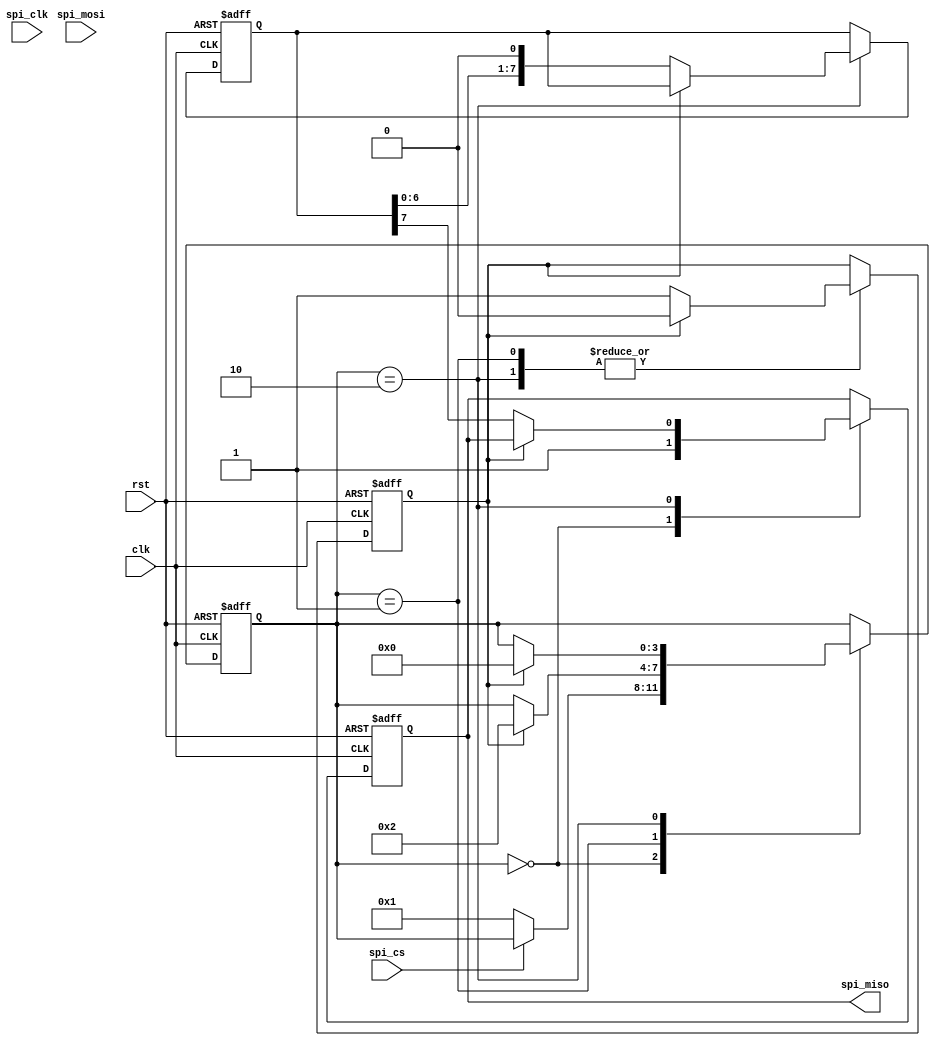
module SPI_Controller(
    input wire clk,
    input wire rst,
    input wire spi_cs,
    input wire spi_clk,
    input wire spi_mosi,
    output reg spi_miso
);

reg [3:0] state;
reg [7:0] data_in;
reg [7:0] data_out;
reg spi_clk_divider;

// SPI Controller FSM
always @ (posedge clk or posedge rst) begin
    if (rst) begin
        state <= 0;
        data_in <= 8'b0;
        data_out <= 8'b0;
        spi_miso <= 1'b0;
        spi_clk_divider <= 0;
    end else begin
        case (state)
            0: begin // Idle state
                spi_miso <= 1'b1;
                if (~spi_cs) begin
                    state <= 1;
                end
            end
            1: begin // Receive data state
                if (spi_clk_divider == 0) begin
                    spi_clk_divider <= 1;
                    data_in <= {data_in[6:0], spi_mosi};
                end else begin
                    spi_clk_divider <= 0;
                    state <= 2;
                end
            end
            2: begin // Transmit data state
                if (spi_clk_divider == 0) begin
                    spi_clk_divider <= 1;
                    spi_miso <= data_out[7];
                    data_out <= {data_out[6:0], 1'b0}; // Dummy data for now
                end else begin
                    spi_clk_divider <= 0;
                    state <= 0;
                end
            end
        endcase
    end
end

endmodule